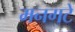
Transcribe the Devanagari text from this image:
मनगटे